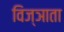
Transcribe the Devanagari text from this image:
विज्ञाता